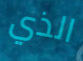
الذي